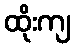
ထိုးကျ